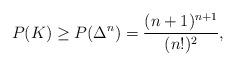
LaTeX: \begin{align*}P(K) \ge P(\Delta^n) = \frac{(n+1)^{n+1}}{(n!)^2}, \end{align*}